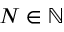
N \in \mathbb { N }